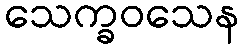
သေက္ခဝသေန